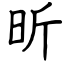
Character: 昕